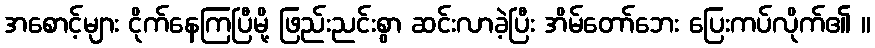
အစောင့်များ ငိုက်နေကြပြီမို့ ဖြည်းညင်းစွာ ဆင်းလာခဲ့ပြီး အိမ်တော်ဘေး ပြေးကပ်လိုက်၏ ။